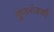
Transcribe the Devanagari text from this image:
कुंडरंजकों